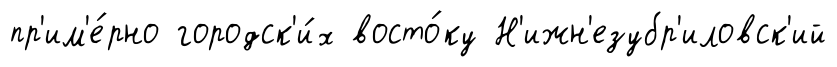
пр'им'е́рно городск'и́х восто́ку Н'ижн'езубр'иловск'ий